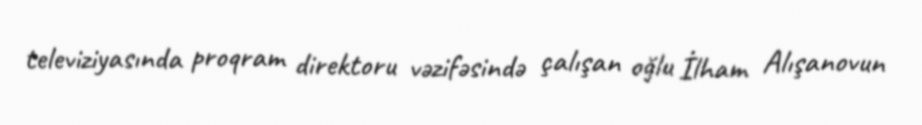
televiziyasında proqram direktoru vəzifəsində çalışan oğlu İlham Alışanovun